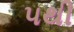
૫થી